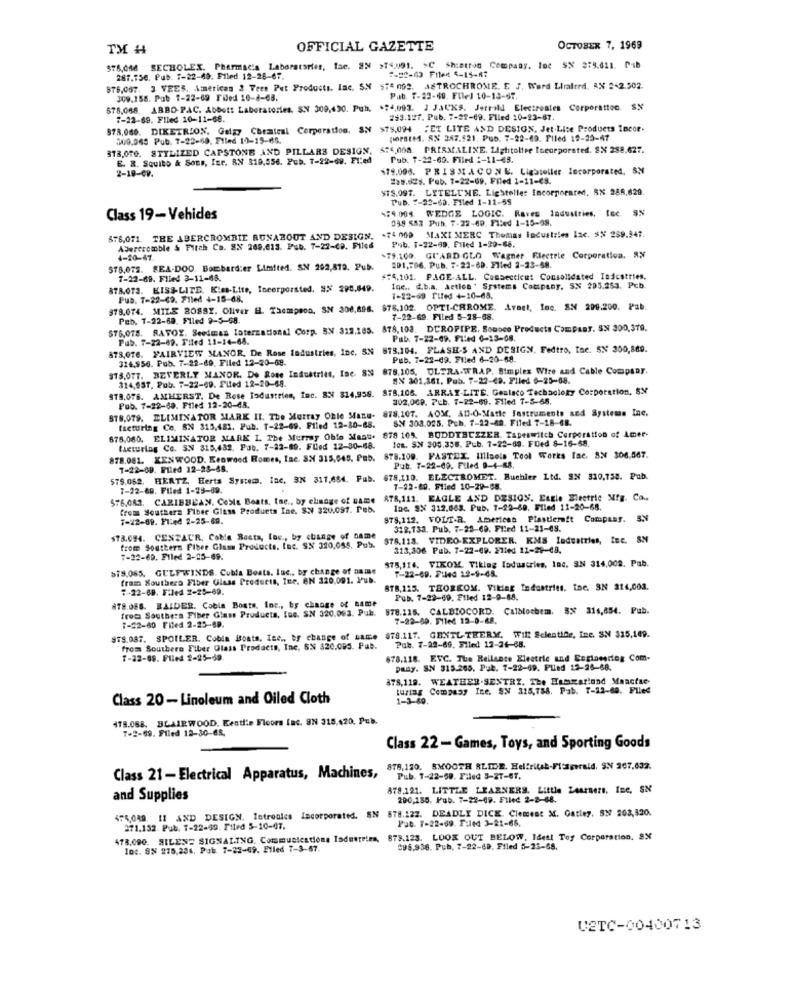
TX #
OFFICIAL GAZETTE
OCTOBER 7, 1969
$76,056 SECHOLEX. Pharmacis Laboratories, Ise. SN >74,091. >C Shistron Company. Inc SN 279.611. Pib
287.750. Pub. :- 22-49. Filed 12-28-67.
1-22-63 Filed <- 15-17
876,067. 3 VEES, Americas 2 Tees Pet Products, Inc. S.N $:" 092. ASTROCHROME. E J, Werd Liralerd, RX 2-2.502.
309,158. Pub 7-22-69 Filed 10-8-68.
Pub. 7-22-69. Filed 10-13-67.
678,068
ABBO-PAC. Abbott Laboratories. S.V 309,490. Puh, . 74,093. 1 JACKS. Jetrill Electreales Corporation. Sy
7-22-69. Filed 10-11-68.
253.127. Pub. 7-22-69. Flled 10-23-67.
$78,066. DIKETRION. Gelgy Chemical Corporation, SN $75,094 "ET LITE AND DESIGN, Jet.Lite Products Incor.
500.065 Pub. 7-22-69, Filed 10-15-65.
(HOPBLE. SN 247.521, Pub. 7-22-69. Filed 12-20-47
378,016. STYLIZED CAPSTONE AND PILLARS DESIGN, $:4,008. PRISMALINE. Lightoliee toegeporated. SX 288,627.
4:4,008. PRISMALINE. Lightoller Incorporated. SX 288.627.
E. R. Squito & Sons, Ier. RN 310,556. Pub. 7-22-69. Filed
Pub. 7-22-60. Filed :- 11-43.
2-19-49.
$79.000. PRISMACONE. Lightoller Incorporated, SN
228.828. Pub. 7-22-69. Filed 1-11-€8.
$18.097. LITELU'NE. Lighteller Incorporated, 5X 288,629.
Pub. 7-22-60. Filed 1-11-58
159 001 WEDGE LOGIC. Raves Industries, Inc. SN
Class 19-Vehides
099 553 Pub. 7-22-49. Filed 1-15-98.
MAXI MERC Thomas Industries Inc. Sy 259.947.
576,071. THE ABERCROMBIE RUNABOUT AND DESIGN, . 74 000
Pub. 1-22-69. Filed 1-29-66.
Abercrombie & Fitch Co. 8X 269.013. Pub. 7-22-C9. Filed
4-20-67.
$79.100. GI'ARD GLO Wagner Fleetrie Corporation, RX
$78,072. SEA-DOO. Bombardier Limited. SN 292,819. Pub.
201,796. Pub. 7-22-60. Filed 2-23-58.
7-22-69. Flled 3-11-48.
#74,101. PAGE-ALL. Consectiemt Consolidated Industries.
878.073. KISS-LITE. Kim-Lite, Incorporsted. 95 295.849.
Inc ., d.b.a. Action " Systems Coctpany, SN 295.253. Pcb.
Pub. 7-22-69. Filed 4-15-68.
1-22-69 Filed +-10-68.
978.074. MILE 20882. Oliver HL. Thompson, SN 306,898. $78.102. OPTI-CHROME. Avant, Ine. SN 299.200. Pab
Peb. 1-22-69. Filed 9-5-58.
7-22-69. Filed 5-28-68.
576,018. RATOX. Seedmas International Corp. BY 312.185. 878,103. DUROPIPE. Sousco Products Comprar. SN 300,379.
Pub. 7-22-69. Filed 11-14-68.
Pub. 7-22-09. F1:+4 0-13-08.
878,0T6. FAIRVIEW MANOR, De Rose Industries, Inc. SN 878,104. FLASH-S AND DESIGN, Fedtro, Inc. SN 200,869.
324,956. Pub. 7-22-69. Filed 12-20-68.
Pub. 7-22-09. Filed 6-20-68.
913.077. BEVERLY MANOK. De Rose Industritt, Inc. SN 878,105, ULTRA-WRAP. Simplex Wire and Cable Company.
314,957, Pub. 7-22-69. Flled 12-20-68.
SN 301,161. Pub. 7-22-49. Flied 6-25-68.
$79.078. AMHERST, De Rose Industries, Inc. S.N 814,959. 878,106. ARRAY-LITE. Gealsco Technology Corporation, 5%
302,069. 7Lb. 7-22-69. Filed T-5-68.
878.079. ELIMINATOR MARK II. The Murray Oble Manu- 878.107. AOM, AN-O-Matte Instruments sed Systems Inc.
Pub. 7-22-60. Filed 12-20-48.
S.Y 308.025. Pub. 7-22-69. Filed 7-18-68.
facturing Co. BN 315,481. Pub. T-22-69. Filed 12-30-68.
678.060. ELIMINATOR MARK I The Murray Oblo Maat.
678 10%. BODDTHCZZER Tapeswitch Corporation of Amer-
Jet. SN 300.356. Pub. 7-25-89. FOed 8-16-68.
facturing Co. S.N 315,482. Pab. 7-12-89. Fled 12-30-68.
878.081. KENWOOD. Kenwood Romes, Inc. SX 315,645. Pub. 878.109. FASTEL, Illinois Tool Works Inc. S: 306.567.
7-22-69. Filed 12-23-68.
Pub. 7-22-09. Filed 9-4-88.
$75.062. HERTZ. Herts System. Inc. SN 311,654. Pub.
678,110. ELECTROMET. Buchler Ltd. SM 330,758. Pab.
7-22-69. Filed 1-25-89.
7-12-89. Filed 10-29-68.
$76.083. CARIBBEAN. Coble Beats, Inc ., by chnage of name 878,111. EAGLE AND DESIGN. Estle Electric Mfg. Ca ..
A78,111. EAGLE AND DESIGN. Estle Electric Mfg. Ca ..
from Southera Fiber Glass Products Inc. S: 320.097. Peb.
Inc. SX 312,663. Pub. 7-22-80. Filed 12-20-68.
1-22-89. Flied 2-25-69.
878,112. VOLT.R. American Plastieraft Company. S.N
312,133. Pub, 7-28-60. Filed 11-21-08.
$73.094. CENZACR. Coble Basta, Inc ., by change of Game
$78,118. VIDEO-EXPLORER. KMS Industries, Inc. SN
from Southern Fiber Glass Products, Inc. SX 320,055. Pub.
313,306. Pub. 7-22-09. 271ed 11-28-48.
7-22-69. Filed 2-25-69.
$75,116. VIKOM. Viklag Industries, Inc. SN 314,008. Pub.
879.065. GULFWINDS. Cubla Boats. Inc ., by change of name
from Southera Fiber Glass Products, Inc. BN 220.001. Pub.
7-22-69. F:Med 12-9-45.
7-22-68. Filed 2-25-69.
BTB,125. TEORKOM. Viklag Industries, inc. 3N 214,003.
Pub. 7-22-69. Filed 12-0-88.
878.086. RAIDER. Cobla Boats, Inc ., by change of same
froc Southers Fiber Glass Products, Inc. SN 320.003. Pub.
878.115. CALBIOCORD. Calblochem. 5X 316,654. Pub.
:- 22-60 Filed 2-25-69.
7-22-89. Filed 12-0-68.
9TS.087. SPOILER. Cobla Boats, Inc ., es change of LAR. $78.117. GENTL-THERY. Will Sclentide, Inc. $N $15,169.
from Southere Fiber Glass Products, Inc. SN 320,095. Pub.
Pub. 7-22-69. Filed 12-26-88.
7-22-09. Plled 2-25-49.
678.118. EVC. The Rellance Electric and Engineering Com-
paay. S.N 315.265. Pub. 7-22-69. Plled 12-25-68.
878,119. WEATHER.SENTRY. The HamKartond Manctse-
turlag Company Inc. S. 325,788. Pab. 7-12-69. Flled
Class 20- Linoleum and Oiled Cloth
1-3-60.
478.068. BLAIRWOOD, Kenti:» Floors fac. SN 315.420, Pub.
7-2-69. Filed 12-30-68.
Class 22- Games, Toys, and Sporting Goods
878,120. SMOOTH SLIDE. Heltritab-Fizgerald. SN 267.632.
Class 21- Electrical Apparatus, Machines,
Pub. 7-22-50. Filed 3-27-67.
878,121. LITTLE LEARNERS. Little Learners, Ine, SN
and Supplies
200,155. Pub. 7-22-49. Filed 2-2-68.
475,049. 11 AND DESIGN. Intronics Incorporated. SN 678.122. DEADLY DICE. Clement M. Gatley, 897 208,420.
Pub. 7-22-69. F:led 3-21-65.
271.152. Pub. 7-22-49. Filed 5-10-47.
473.090. SILENT SIGNALING. Communications Industries, 878.123. LOOK OUT BELOW. Ideal Tog Corporation. SX
loc. SN 275,234, Pub. 7-23-69. Elled 7-3-67.
298,936. Pub, 7-22-48, Filed 5-23-68.
UETC-00400713